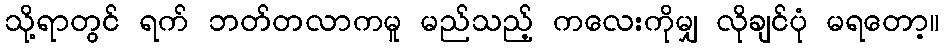
သို့ရာတွင် ရက် ဘတ်တလာကမူ မည်သည့် ကလေးကိုမျှ လိုချင်ပုံ မရတော့။